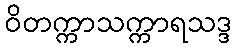
ဝိတက္ကာသက္ကာရသဒ္ဒ